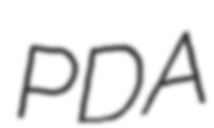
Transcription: PDA